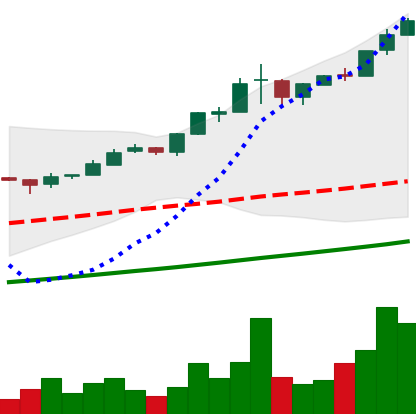
Ticker: BTC-USD
Chart end date: 2017-03-03
Forward return: -9.803%
Label: down_7plus